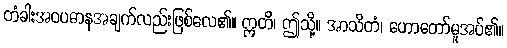
တံခါးအဝပဓာနအချက်လည်းဖြစ်လေ၏။ ဣတိ၊ ဤသို့။ အာသိတံ၊ ဟောတော်မူအပ်၏။